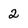
Character: 2